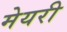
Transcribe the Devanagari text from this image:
मेयरी